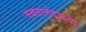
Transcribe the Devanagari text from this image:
स्वरानंदाच्या